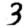
Digit: 3